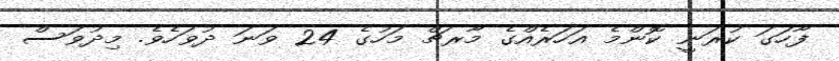
ފާހަގަ ކުރަނީ ކޮންމެ އަހަރެއްގެ މާރޗް މަހުގެ 24 ވަނަ ދުވަހެވެ. މިދުވަސް